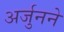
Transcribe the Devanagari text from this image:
अर्जुनने